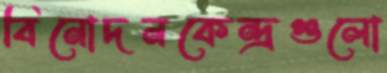
বিনোদনকেন্দ্রগুলো